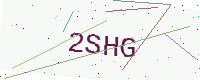
Text: 2SHG